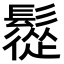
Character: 䰌